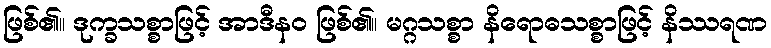
ဖြစ်၏။ ဒုက္ခသစ္စာဖြင့် အာဒီနဝ ဖြစ်၏။ မဂ္ဂသစ္စာ နိရောဓသစ္စာဖြင့် နိဿရဏ